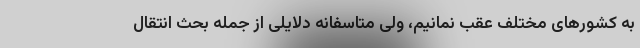
به کشورهای مختلف عقب نمانیم، ولی متاسفانه دلایلی از جمله بحث انتقال